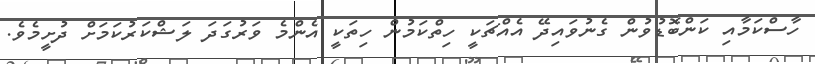
ހާސްކަމާއި ކަންބޮޑުވުން ގެނުވައިދޭ އެއްޗަކީ ހިތްކަމުން ހިތަކީ އެންމެ ވަރުގަދަ ލަޝްކަރުކަމަށް ދުށީމެވެ.